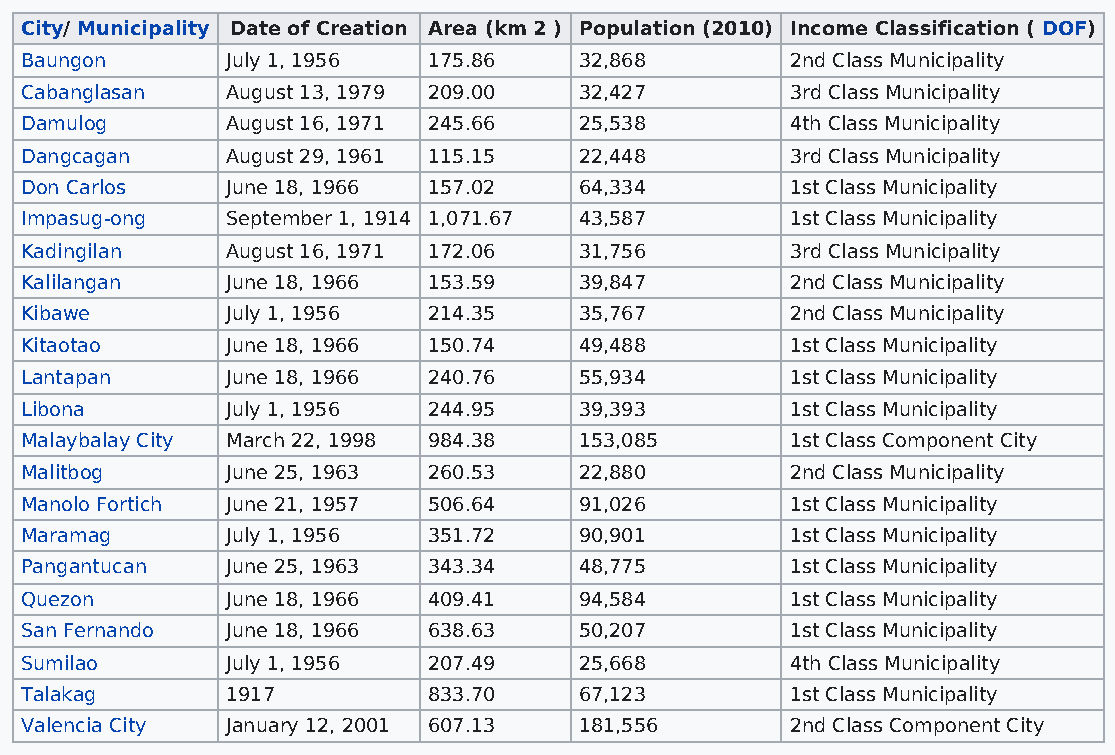
City/ Municipality Date of Creation Area (km 2 ) Population (2010) Income Classification ( DOF)
 Baungon       July 1, 1956 175.86    32,868        2nd Class Municipality
 Cabanglasan   August 13, 1979 209.00 32,427        3rd Class Municipality
 Damulog       August 16, 1971 245.66 25,538        4th Class Municipality
 Dangcagan     August 29, 1961 115.15 22,448        3rd Class Municipality
 Don Carlos    June 18, 1966 157.02   64,334        1st Class Municipality
 Impasug-ong   September 1, 1914 1,071.67 43,587    1st Class Municipality
 Kadingilan    August 16, 1971 172.06 31,756        3rd Class Municipality
 Kalilangan    June 18, 1966 153.59   39,847        2nd Class Municipality
 Kibawe        July 1, 1956 214.35    35,767        2nd Class Municipality
 Kitaotao      June 18, 1966 150.74   49,488        1st Class Municipality
 Lantapan      June 18, 1966 240.76   55,934        1st Class Municipality
 Libona        July 1, 1956 244.95    39,393        1st Class Municipality
 Malaybalay City March 22, 1998 984.38 153,085      1st Class Component City
 Malitbog      June 25, 1963 260.53   22,880        2nd Class Municipality
 Manolo Fortich June 21, 1957 506.64  91,026        1st Class Municipality
 Maramag       July 1, 1956 351.72    90,901        1st Class Municipality
 Pangantucan   June 25, 1963 343.34   48,775        1st Class Municipality
 Quezon        June 18, 1966 409.41   94,584        1st Class Municipality
 San Fernando  June 18, 1966 638.63   50,207        1st Class Municipality
 Sumilao       July 1, 1956 207.49    25,668        4th Class Municipality
 Talakag       1917         833.70    67,123        1st Class Municipality
 Valencia City January 12, 2001 607.13 181,556      2nd Class Component City